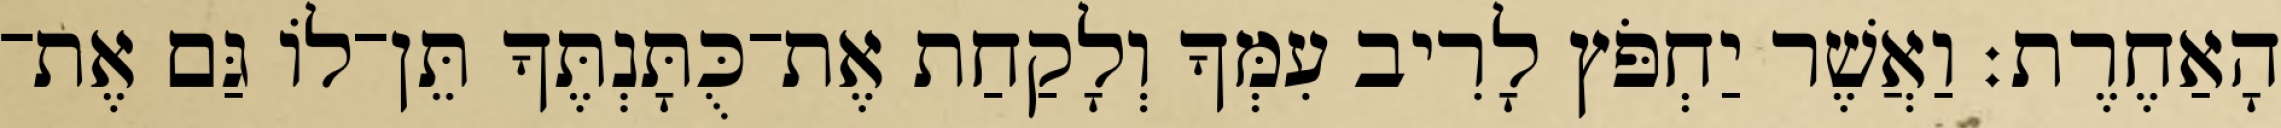
הָאַחֶרֶת׃ וַאֲשֶׁר יַחְפֹּץ לָרִיב עִמְּךָ וְלָקַחַת אֶת־כֻּתָּנְתֶּךָ תֵּן־לוֹ גַּם אֶת־